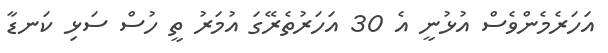
އަހަރެމެންވެސް އުޅުނީ އެ 30 އަހަރުތެރޭގަ އުމަރު ތީ ހުސް ސަޅި ކަނޑާ